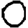
Digit: 0